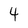
Character: 4